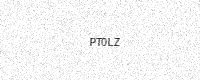
Text: PT0LZ